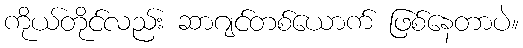
ကိုယ်တိုင်လည်း ဆာဂျင်တစ်ယောက် ဖြစ်နေတာပဲ။